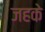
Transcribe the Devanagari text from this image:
जहके